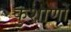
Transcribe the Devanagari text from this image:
कुशाणों